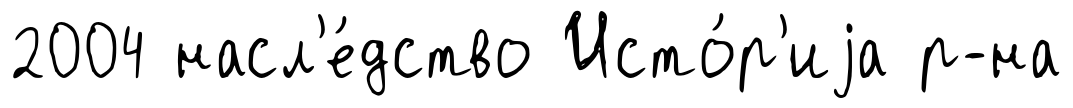
2004 насл'е́дство Исто́р'иjа р-на